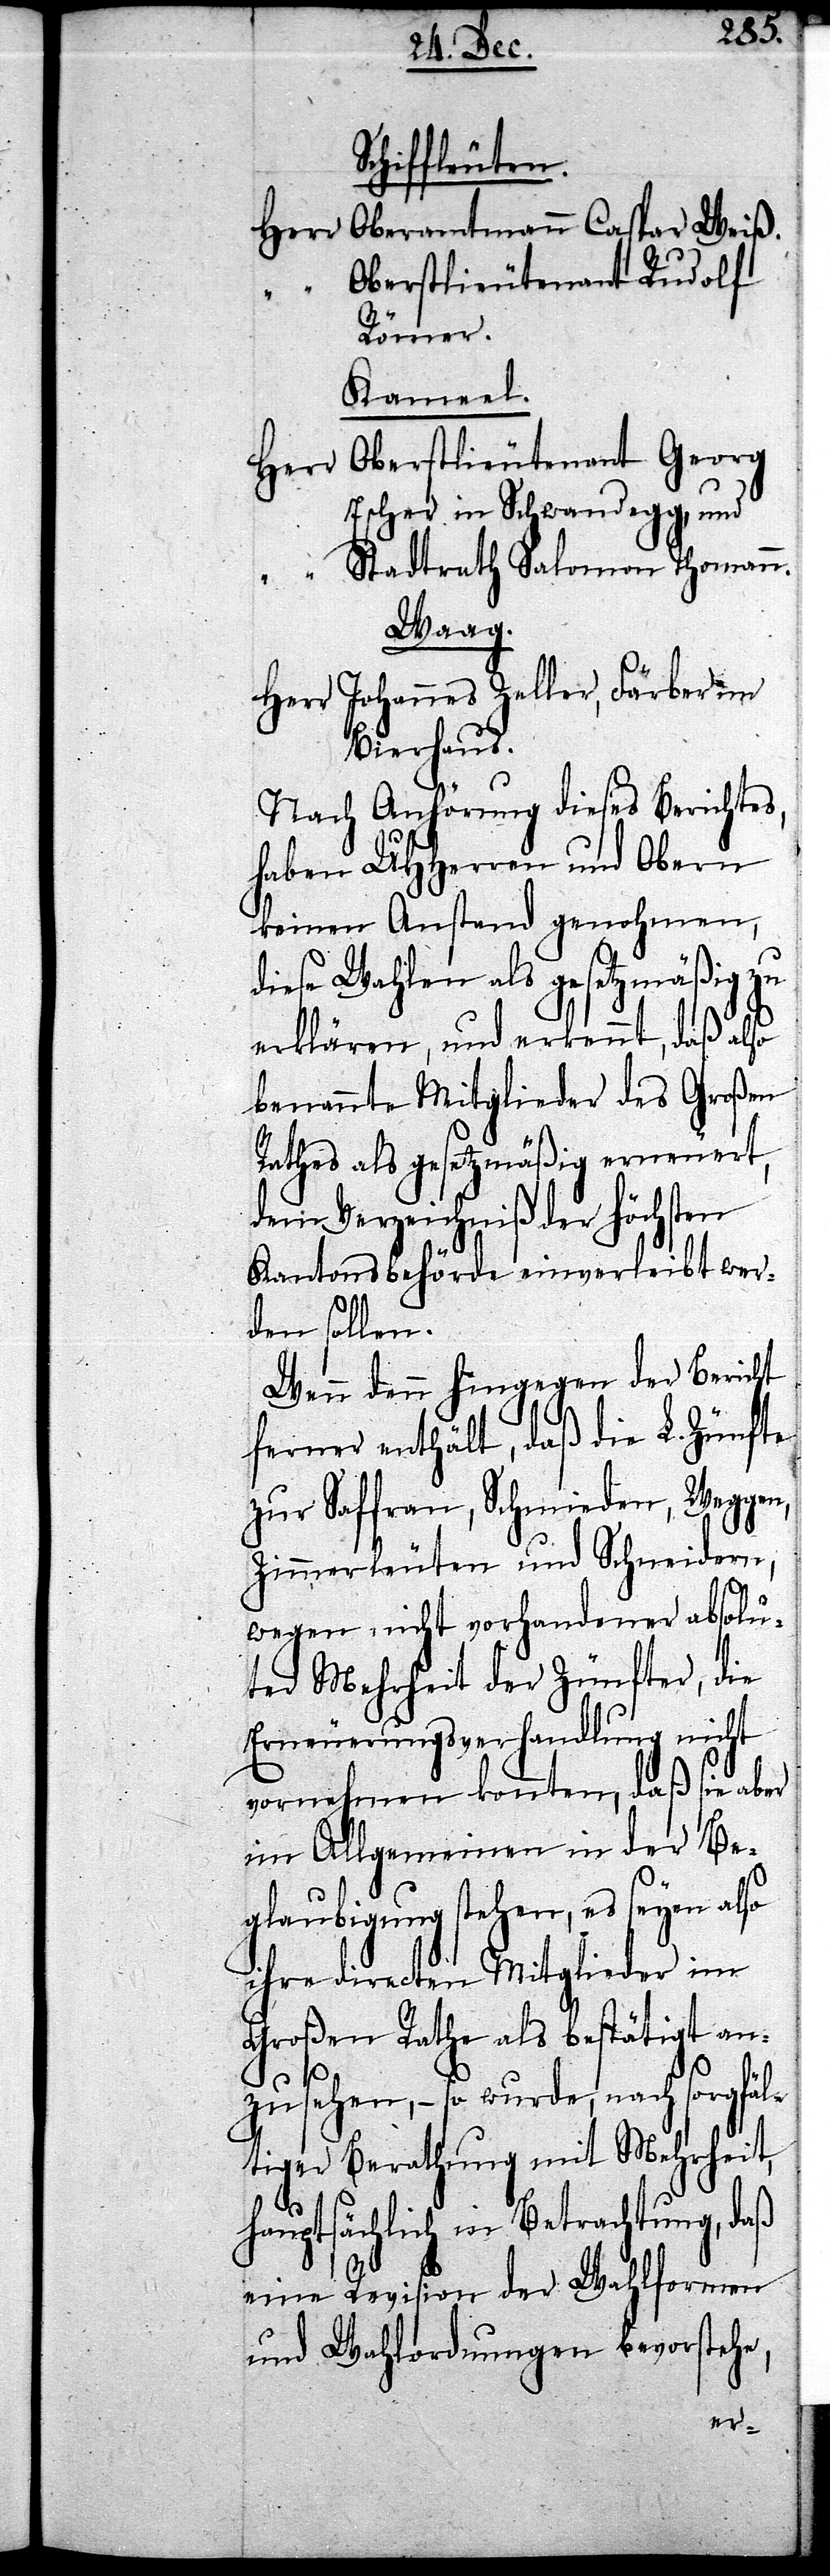
Schiffleuten.
Herr Oberamtmann Caspar Weiß.
“ Oberstlieutenant Rudolf
Römer.
Kameel.
Oberstlieutenant Georg
Herr
Escher in Schandegg, und
“ Stadtrath Salomon Thomann.
Waag.
Herr Johannes Zeller, Färber im
Bierhaus.
Nach Anhörung dieses Berichtes,
haben UHHerren und Obern
keinen Anstand genohmen,
diese Wahlen als gesetzmäßig zu
erklären, und erkennt, daß also
benannte Mitglieder des Großen
Rathes als gesetzmäßig erneuert,
dem Verzeichniß der höchsten
Kantonsbehörde einverleibt wer¬
den sollen.
Wenn denn hingegen der Bericht
ferner enthält, daß die L. Zünfte
zur Saffran, Schmieden, Weggen,
Zimmerleuten und Schneidern,
wegen nicht vorhandener absolu¬
ter Mehrheit der Zünfter, die
Erneuerungsverhandlung nicht
vornehmen konnten, daß sie aber
im Allgemeinen in der Be¬
glaubigung stehen, es seyen also
ihre directen Mitglieder im
Großen Rathe als bestätigt an¬
zusehen, – so wurde, nach sorgfäl¬
tiger Berathung mit Mehrheit,
hauptsächlich in Betrachtung, daß
eine Revision der Wahlformen
und Wahlordnungen bevorstehe,